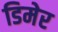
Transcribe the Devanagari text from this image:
डिमेर